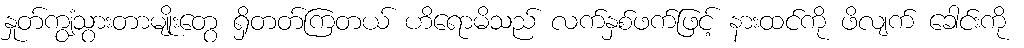
နှုတ်ကျွံသွားတာမျိုးတွေ ရှိတတ်ကြတယ် ဟိရောမိသည် လက်နှစ်ဖက်ဖြင့် နားထင်ကို ဖိလျက် ခေါင်းကို